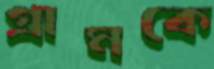
গ্রামকে